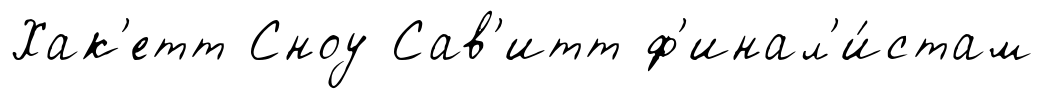
Хак'етт Сноу Сав'итт ф'инал'и́стам